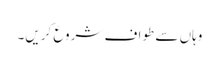
وہاں سے طواف شروع کریں۔